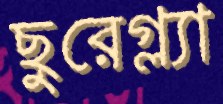
ছুরেগ্ল্যা